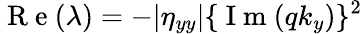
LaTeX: \mathrm{~R~e~}(\lambda)=-|\eta_{yy}|\{ \mathrm{~I~m~}(qk_{y})\} ^{2}